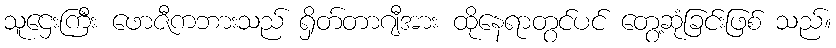
သူဌေးကြီး ဖောဇီကဘားသည် ရှိတ်တာဂျီအား ထိုနေရာတွင်ပင် တွေ့ဆုံခြင်းဖြစ် သည်။